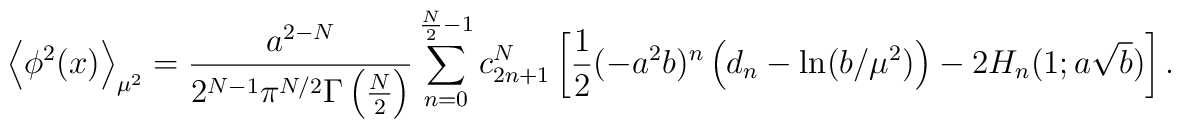
\left<\phi^2(x)\right>_{\mu^2}=\frac{a^{2-N}}{2^{N-1}\pi^{N/2}  \Gamma\left(\frac N2\right)}\sum_{n=0}^{\frac N2-1}c^N_{2n+1}\left[  {1\over 2}(-a^2b)^n\left( d_n-\ln(b/\mu^2)\right)-2H_n(1;a\sqrt b)\right].